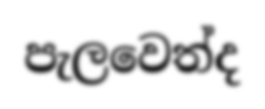
පැලවෙත්ද